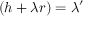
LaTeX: ( h + \lambda r ) = \lambda ^ { \prime }